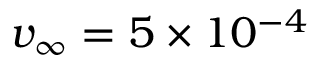
v _ { \infty } = 5 \times 1 0 ^ { - 4 }